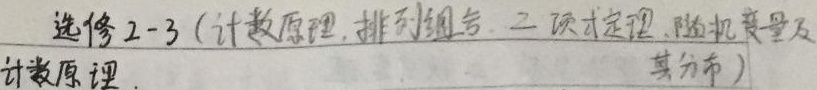
选修2 - 3（计数原理，排列组合，二项式定理，随机变量及其分布）计数原理.